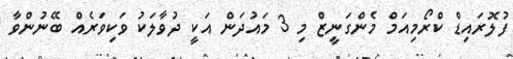
ފުލޮރައިޑް ކްރޯމިއަމް މެންގަނީޒް މި 3 މައުދަން އަކީ ދުވާލަކު ވަކިވަރެއް ބޭނުންވާ